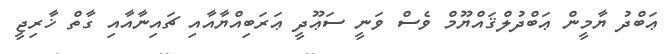
ޢަބްދު ޔާމީން ޢަބްދުލްޤައްޔޫމް ވެސް ވަނީ ސަޢޫދީ ޢަރަބިއްޔާއާއި ޗައިނާއާއި ގާތް ޚާރިޖީ